Report of the Bombay Plague Committee
Disease focus: Plague
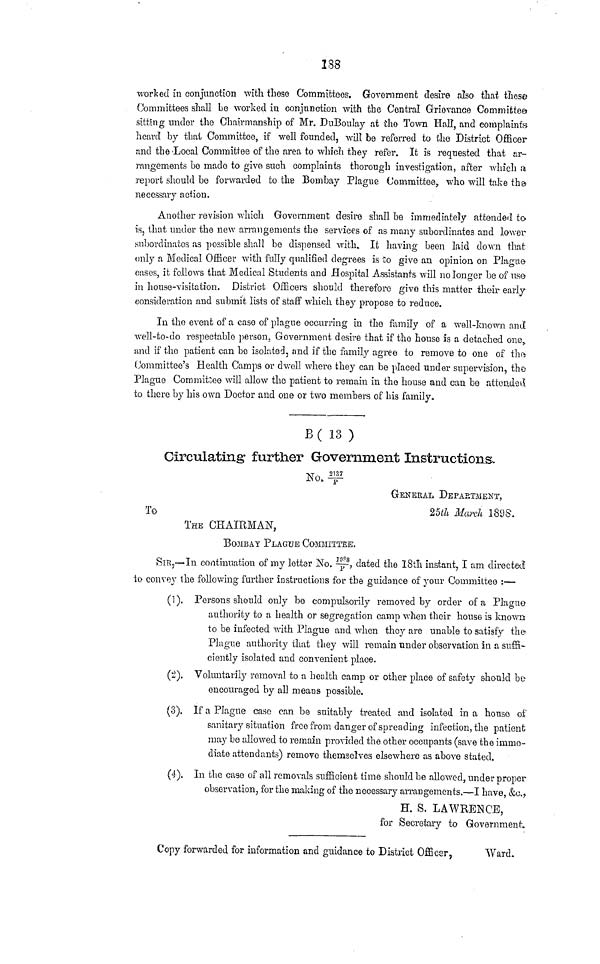
138
worked in conjunction with these Committees. Government desire also that those
Committees shall be worked in conjunction with the Central Grievance Committee
sitting under the Chairmanship of Mr. DuBoulay at the Town Hall, and complaints
heard by that Committee, if well founded, wilt be referred to the District Officer
and the Local Committee of the area to which they refer. It is requested that ar-
rangements be made to give such complaints thorough investigation, after which a
report should be forwarded to the Bombay Plague Committee, who will take the
necessary action.
Another revision which Government desire shall be immediately attended to
is, that under the new arrangements the services of as many subordinates and lower
subordinates as possible shall be dispensed with. It having been laid down that
only a Medical Officer with fully qualified degrees is to give an opinion on Plague
cases, it follows that Medical Students and Hospital Assistants will no longer be of use
in house-visitation. District Officers should therefore give this matter their early
consideration and submit lists of staff which they propose to reduce.
In the event of a case of plague occurring in the family of a well-known and
well-to-do respectable person, Government desire that if the house is a detached one.,
and if the patient can be isolated, and if the family agree to remove to one of the
Committee's Health Camps or dwell where they can be placed under supervision, the
Plague Committee will allow the patient to remain in the house and can be attended
to there by his own Doctor and one or two members of his family.
B( 13)
Circulating further Government Instructions.
No.2137/P
GENERAL DEPARTMENT,
To
25th
March 1898.
THE CHAIRMAN,
BOMBAY PLAGUE COMMITTEE-,
SIR,—In continuation of my letter No. 1988/P, dated the 18th instant, I am directed
1o convey the following further instructions for the guidance of your Committee :—
(1). Persons should only be compulsorily removed by order of a Plague
authority to a health or segregation camp when their house is known
to be infected with Plague and when they are unable to satisfy the
Plague authority that they will remain under observation in a suffi-
ciently isolated and convenient place.
(2). Voluntarily removal to a health camp or other place of safety should
be
(3). If a Plague case can be suitably treated and isolated in a house of
sanitary situation free from danger of spreading infection, the patient
may be allowed to remain provided the other occupants (save the imme-
diate attendants) remove themselves elsewhere as above stated.
(4). In the case of all removals sufficient time should be allowed, under proper
observation, for the making of the necessary arrangements.—I have, &c.,
H. S. LAWRENCE,
for Secretary to Government,
Copy forwarded for information and guidance to District Officer,
Ward.